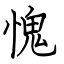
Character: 愧